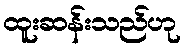
ထူးဆန်းသည်ဟု